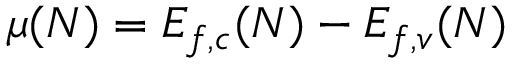
\mu ( N ) = E _ { f , c } ( N ) - E _ { f , v } ( N )